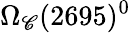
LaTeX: \Omega_{\mathscr{C}}(2695)^{0}